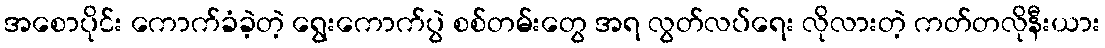
အစောပိုင်း ကောက်ခံခဲ့တဲ့ ရွေးကောက်ပွဲ စစ်တမ်းတွေ အရ လွတ်လပ်ရေး လိုလားတဲ့ ကတ်တလိုနီးယား